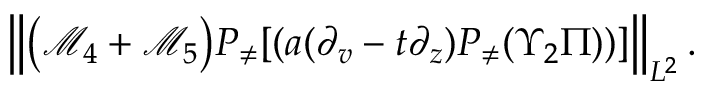
\begin{array} { r } { \left\| \big ( \mathcal { M } _ { 4 } + \mathcal { M } _ { 5 } \big ) P _ { \neq } [ ( a ( \partial _ { v } - t \partial _ { z } ) P _ { \neq } ( \Upsilon _ { 2 } \Pi ) ) ] \right\| _ { L ^ { 2 } } . } \end{array}